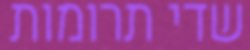
שדי תרומות